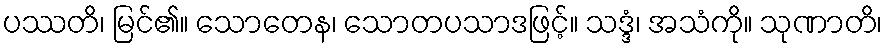
ပဿတိ၊ မြင်၏။ သောတေန၊ သောတပသာဒဖြင့်။ သဒ္ဒံ၊ အသံကို။ သုဏာတိ၊